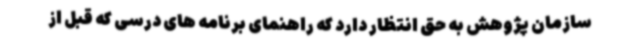
سازمان پژوهش به حق انتظار دارد که راهنمای برنامه های درسی که قبل از